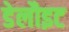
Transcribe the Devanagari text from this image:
डेलौइट